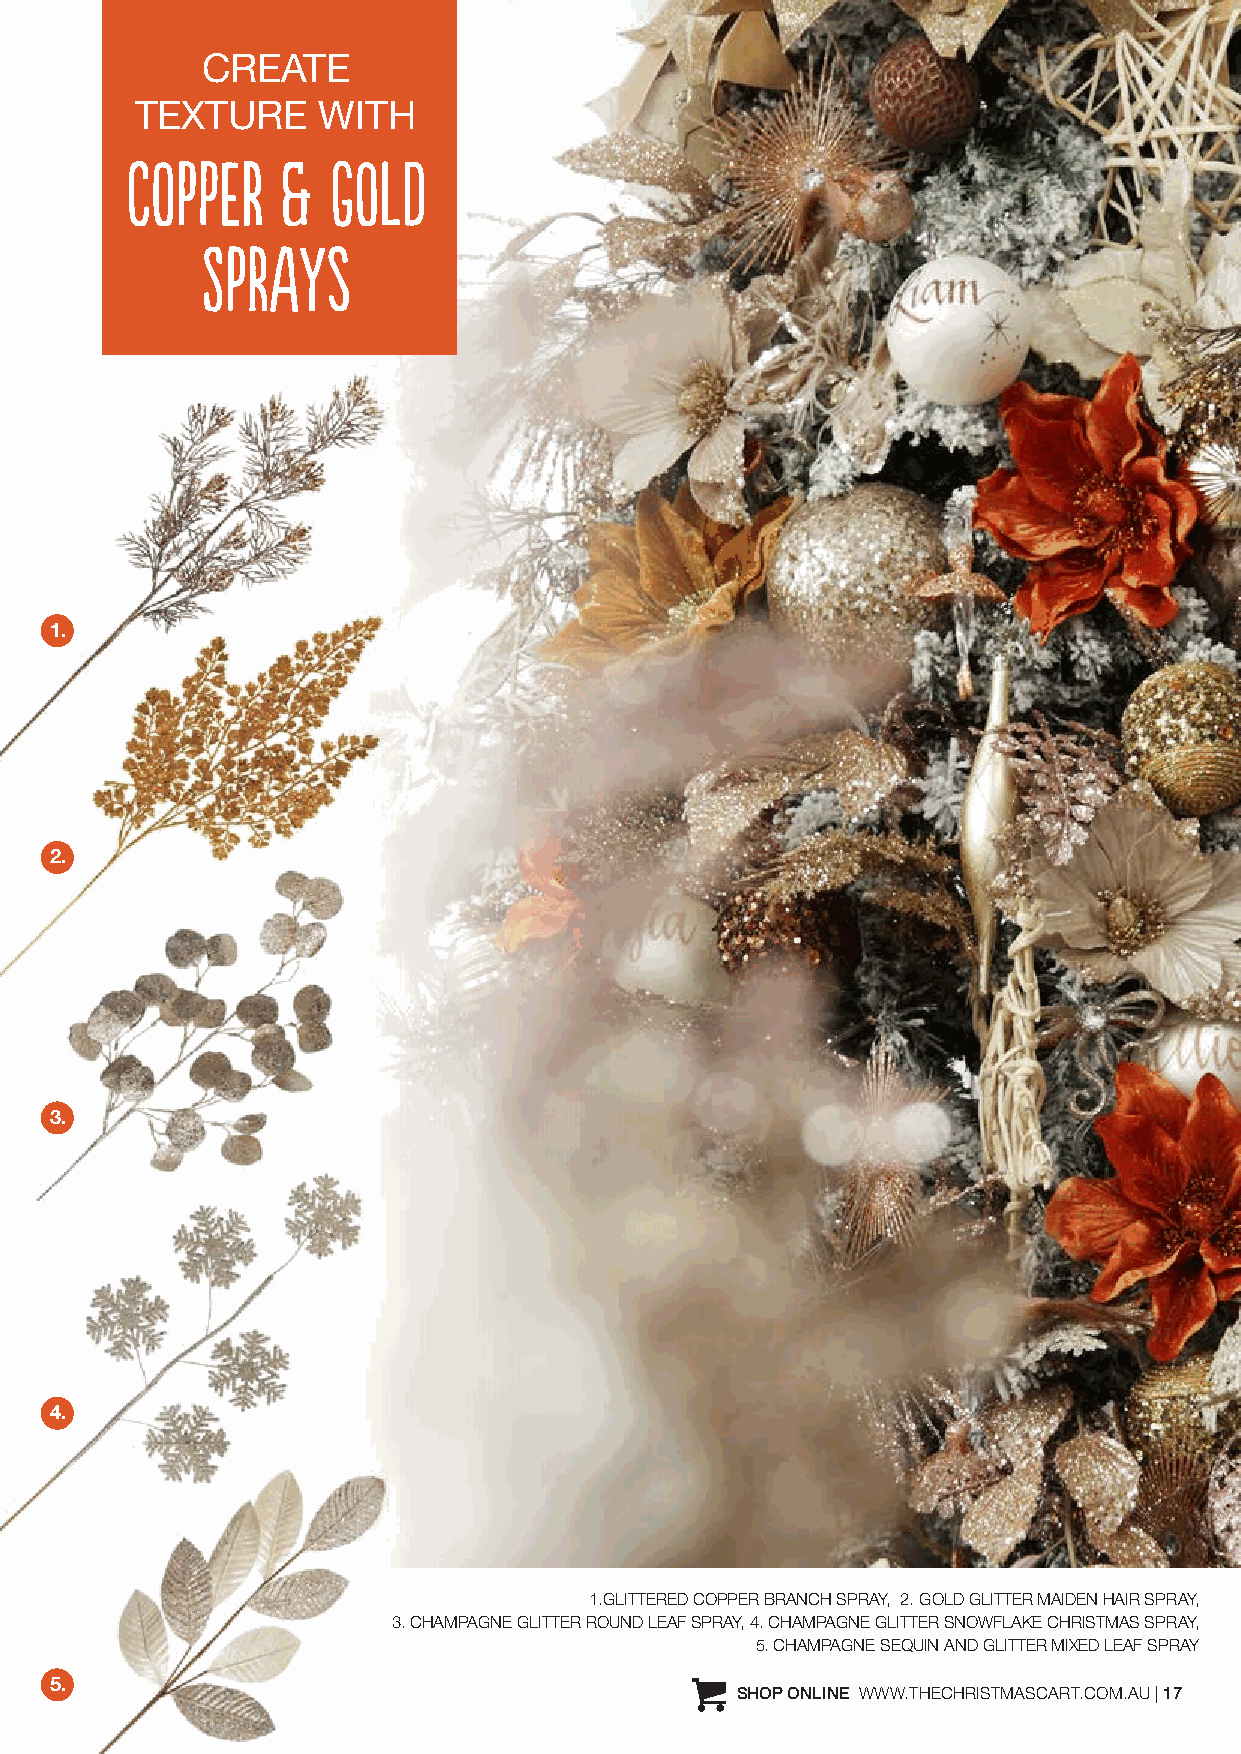
CREATE
 TEXTURE     WITH
 COPPER     &  GOLD
 SPRAYs
 1.
 2.
 3.
 4.
 1.GLITTERED COPPER BRANCH SPRAY, 2. GOLD GLITTER MAIDEN HAIR SPRAY,
 3. CHAMPAGNE GLITTER ROUND LEAF SPRAY, 4. CHAMPAGNE GLITTER SNOWFLAKE CHRISTMAS SPRAY,
 5. CHAMPAGNE SEQUIN AND GLITTER MIXED LEAF SPRAY
 5.
 SHOP ONLINE WWW.THECHRISTMASCART.COM.AU | 17